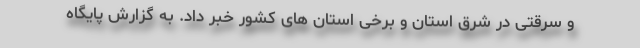
و سرقتی در شرق استان و برخی استان های کشور خبر داد. به گزارش پایگاه